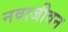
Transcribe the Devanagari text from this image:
नवाजीवन